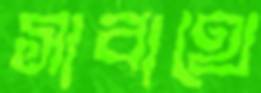
সাবাথে